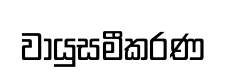
වායුසමීකරණ